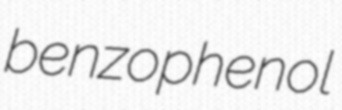
benzophenol